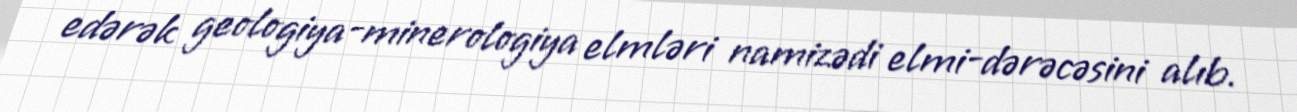
edərək geologiya-minerologiya elmləri namizədi elmi-dərəcəsini alıb.